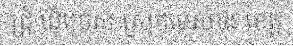
ជ្រុំ ឃុំច្រេស ស្រុកមេសាង ខេត្ត